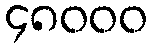
၄၈၀၀၀